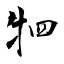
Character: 牭